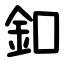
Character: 釦